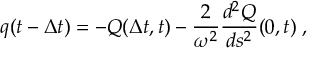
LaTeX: q ( t - { \Delta t } ) = - Q ( { \Delta t } , t ) - { \frac { 2 } { \omega ^ { 2 } } } { \frac { d ^ { 2 } Q } { d s ^ { 2 } } } ( 0 , t ) \; ,